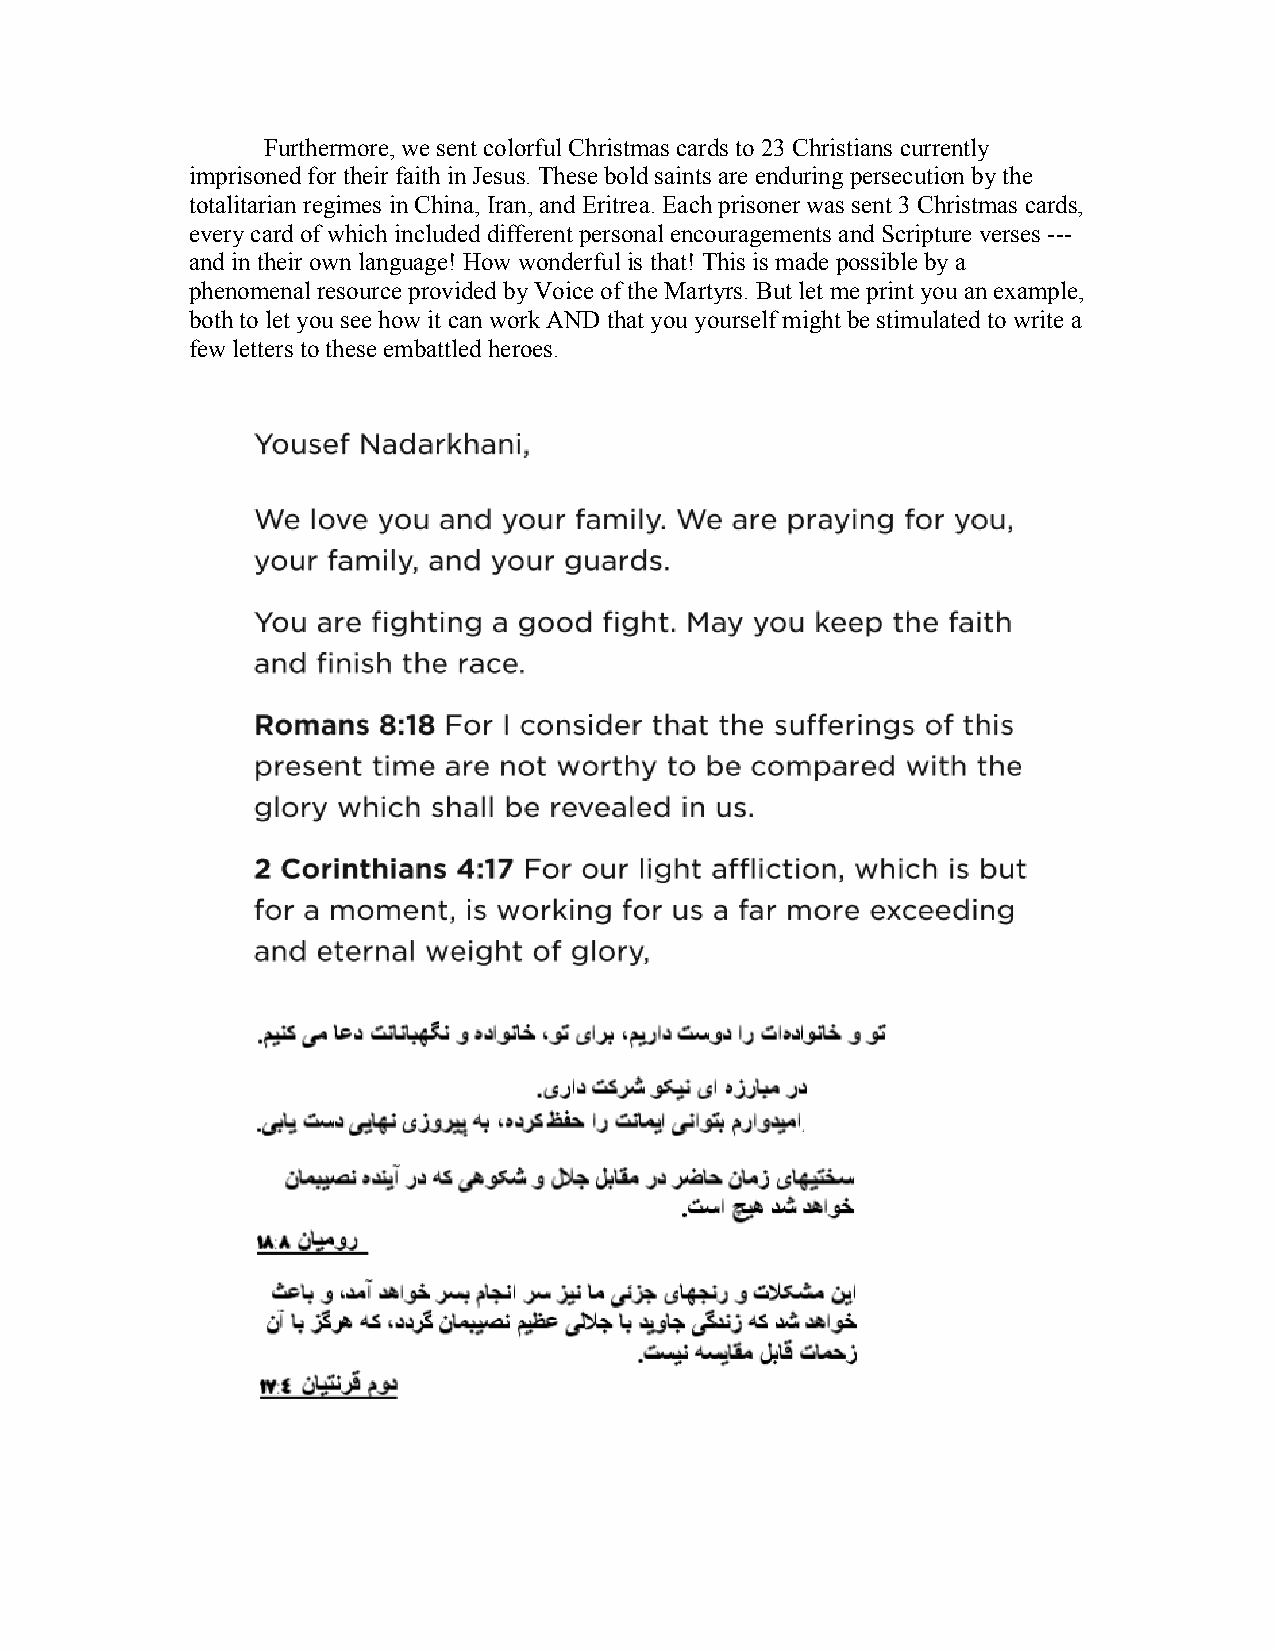
Furthermore, we sent colorful Christmas cards to 23 Christians currently
 imprisoned for their faith in Jesus. These bold saints are enduring persecution by the
 totalitarian regimes in China, Iran, and Eritrea. Each prisoner was sent 3 Christmas cards,
 every card of which included different personal encouragements and Scripture verses ---
 and in their own language! How wonderful is that! This is made possible by a
 phenomenal resource provided by Voice of the Martyrs. But let me print you an example,
 both to let you see how it can work AND that you yourself might be stimulated to write a
 few letters to these embattled heroes.